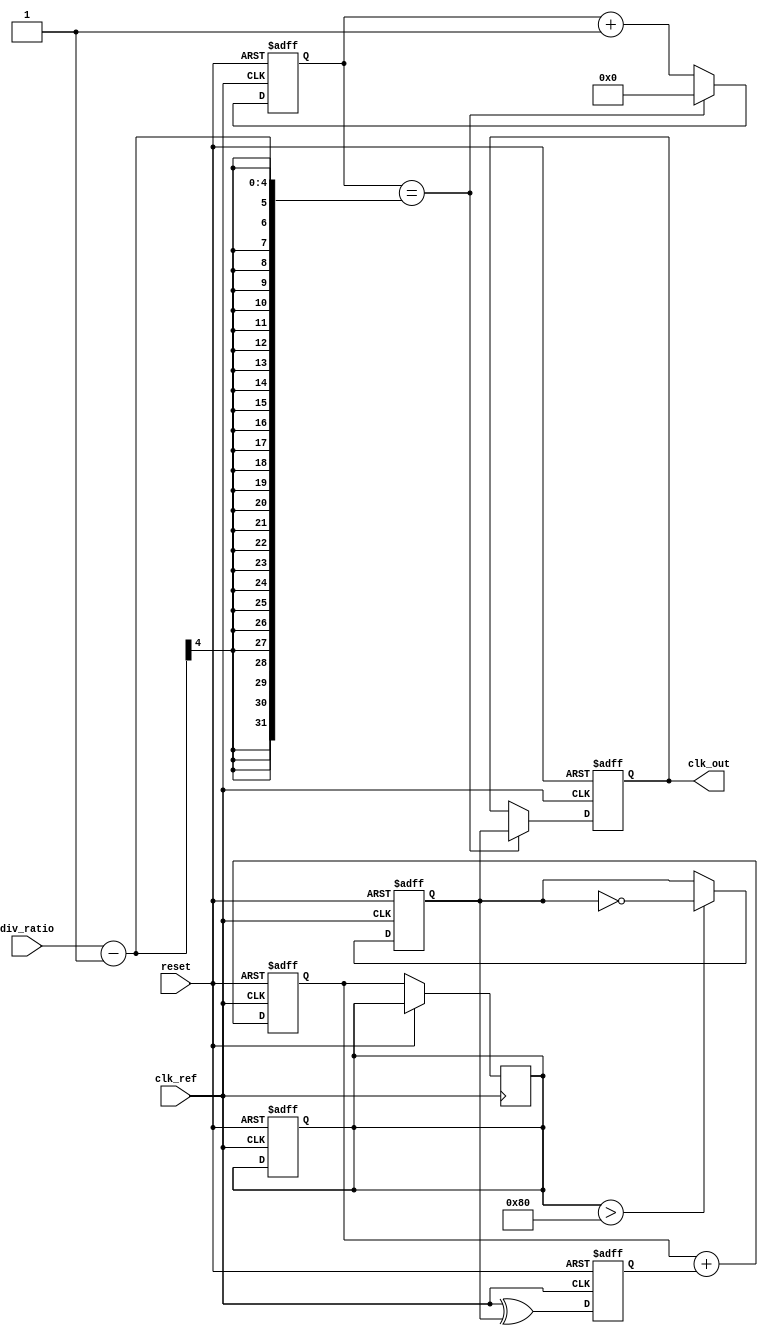
module pll (
    input wire clk_ref,          // Reference clock input
    input wire reset,            // Reset signal
    input wire [3:0] div_ratio,  // Division ratio for the feedback divider
    output reg clk_out           // Output clock
);

    // Phase Detector (PD)
    reg pd_output;               // Phase error signal
    reg vco_output;              // Output of the VCO
    reg [7:0] control_voltage;   // Control voltage for the VCO
    reg [7:0] loop_filter;       // Loop filter output

    // Frequency Divider
    reg [3:0] counter;           // Counter for dividing VCO output

    // Voltage-Controlled Oscillator (VCO)
    always @(posedge clk_ref or posedge reset) begin
        if (reset) begin
            vco_output <= 0;
            control_voltage <= 0;
            clk_out <= 0;
            counter <= 0;
        end else begin
            // Simple VCO model: output frequency is controlled by control_voltage
            if (control_voltage > 128) begin
                vco_output <= ~vco_output; // Toggle output for simplicity
            end
            // Generate output clock based on VCO output and division ratio
            if (counter == div_ratio - 1) begin
                clk_out <= vco_output; // Output the VCO signal
                counter <= 0;          // Reset counter
            end else begin
                counter <= counter + 1; // Increment counter
            end
        end
    end

    // Phase Detector (PD) - Simple XOR for phase comparison
    always @(posedge clk_ref or posedge reset) begin
        if (reset) begin
            pd_output <= 0;
        end else begin
            pd_output <= clk_ref ^ vco_output; // Phase error signal
        end
    end

    // Loop Filter (LF) - Simple first-order filter
    always @(posedge clk_ref or posedge reset) begin
        if (reset) begin
            loop_filter <= 0;
        end else begin
            loop_filter <= loop_filter + pd_output; // Integrate phase error
            control_voltage <= loop_filter;          // Control voltage for VCO
        end
    end

endmodule